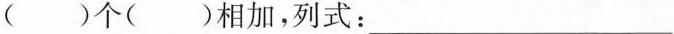
( )个( )相加，列式：___